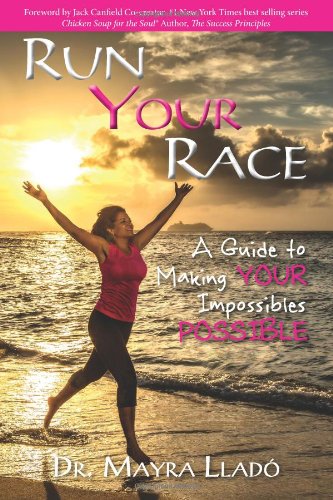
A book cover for Run Your Race: A Guide to Making Your Impossibles Possible; Dr. Mayra Llado; Self-Help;